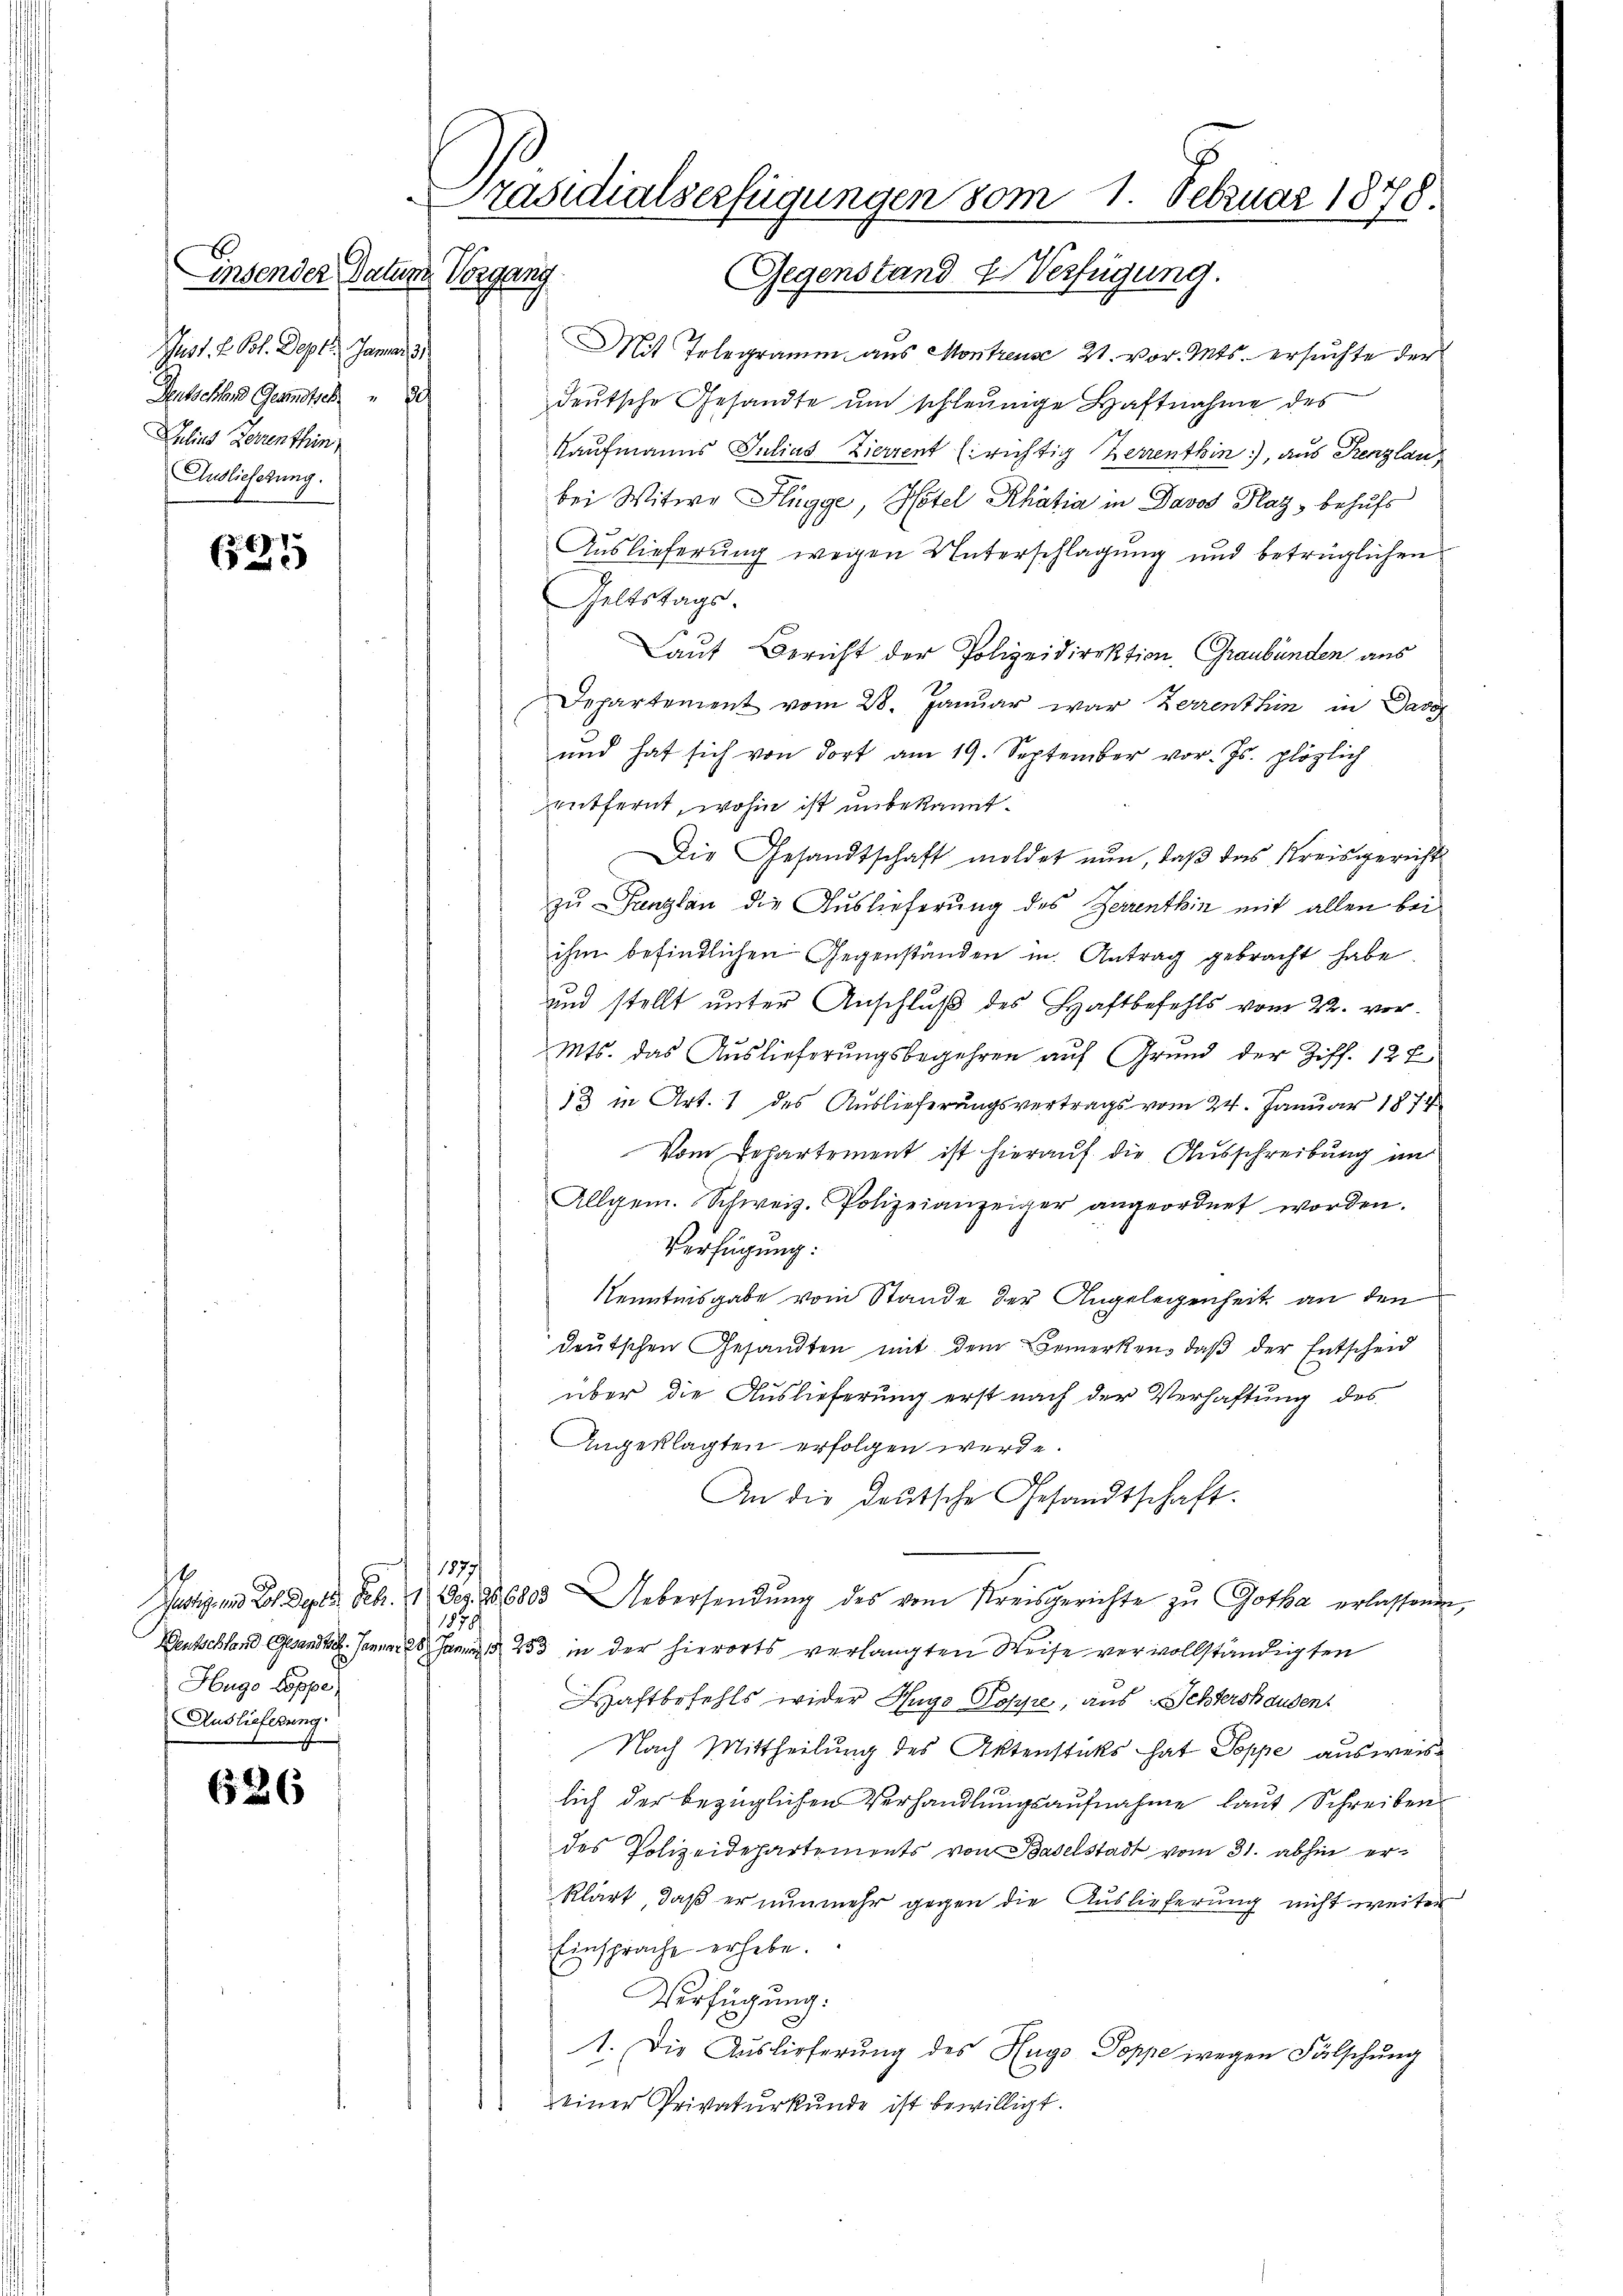
Einsender Datum Vorgang
Just. 2. Pot. Deper. Januar 191
Zechsehen Gesandtsch
Julius Ferrenthin
Auslieferung.

625

Hugo Poppe
Auslieferung

26

räsidialserfügungen vom 1. Februar 1878.
n
Gegenstand & Verfügung.

Mit Telegramm aus Montreuse 21. vor. Mts. ersuchte der
deŭtsche Gesandte ŭm schleunige Haftnahme des
Kaufmanns Julias Zierrent Erichtig Zerrenthin), aus Penzlau
bei Witwe Hlügge, Hotel Rhätia in Davos Plaz, behufs
Auslieferung wegen Unterschlagung und betrüglichen
Geltstags.
Laut Bericht der Polizeidirektion, Graubünden aus
Departement vom 28. Januar war Zerrenthin in Davo
und hat sich von dort am 19. September vor. Js. plözlich
entfernt, wohin ist unbekannt.
Die Gesandtschaft moldet nun, daβ das Kreisgericht
zu Panzlau die Auslieferung des Zerrenthin mit allen bei
ihm befindlichen Gegenständen in Antrag gebracht habe.
und stellt unter Anschluß des Haftbefehls vom 22. vor.
Mts. das Auslieferungsbegehren auf Grund der Ziff. 12 x
13 in Art. 1 des Auslieferungsvertrags vom 24. Januar 1874
Vom Departement ist hierauf die Ausschreibung im
Allgem. Schweiz. Polizeianzeiger angeordnet worden.
Verfügung:
Kenntnisgabe vom Stande der Angelegenheit an den
deutschen Gesandten mit dem Bemerken, daβ der Entscheid
über die Auslieferung erst nach der Verhaftung des
Angeklagten erfolgen werde.
An die deutsche Gesandtschaft.
11879
Justiz und Joh. Septe. Febr. 1. Dez. 98. 6803
Uebersendung des vom Kreisgerichte zu Gotha erlassenen,
1878
Deutschland Gesandte. Januar 28. Janr. § 253 in der hierorts verlangten Weise vervollständigten
Haftbefehls wider Hugo Poppe, aus Schtershausen.
Nach Mittheilung des Aktenstücks hat Poppe ausweislich der bezüglichen Verhandlungsaufnahme laut Schreiben
des Polizeidepartements von Baselstadt vom 31. abhin erklärt, daß er nunmehr gegen die Auslieferung nicht weiter
Einsprache erhebe.
Verfügung.
1. Die Auslieferung des Hugo Poppe wegen Fälschung
einer Privaturkunde ist bewilligt.